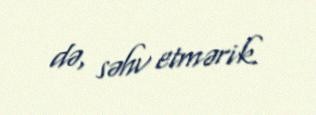
də, səhv etmərik.